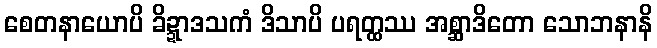
စေတနာယောပိ ခိဍ္ဍာဒသကံ ဒိသာပိ ပရတ္ထဿ အစ္ဆာဒိတော သောဘနာနိ